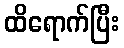
ထိရောက်ပြီး